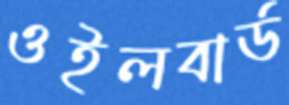
ওইলবার্ড